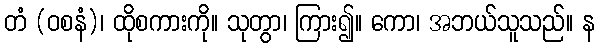
တံ (ဝစနံ)၊ ထိုစကားကို။ သုတွာ၊ ကြား၍။ ကော၊ အဘယ်သူသည်။ န